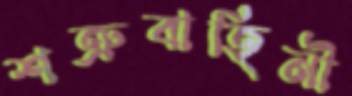
শত্রুবাহিনী